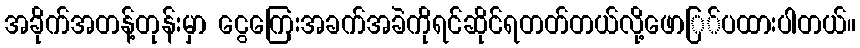
အခိုက်အတန့်တုန်းမှာ ငွေကြေးအခက်အခဲကိုရင်ဆိုင်ရတတ်တယ်လို့ဖောြ်ပထားပါတယ်။